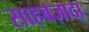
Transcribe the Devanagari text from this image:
साहबज़ादा